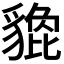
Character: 𧴀